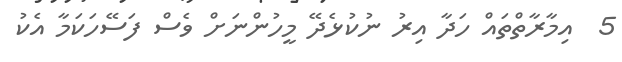
5  އިމާރާތްތައް ހަދާ އިރު ނުކުޅެދޭ މީހުންނަށް ވެސް ފަސޭހަކަމާ އެކު